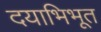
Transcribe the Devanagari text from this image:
दयाभिभूत